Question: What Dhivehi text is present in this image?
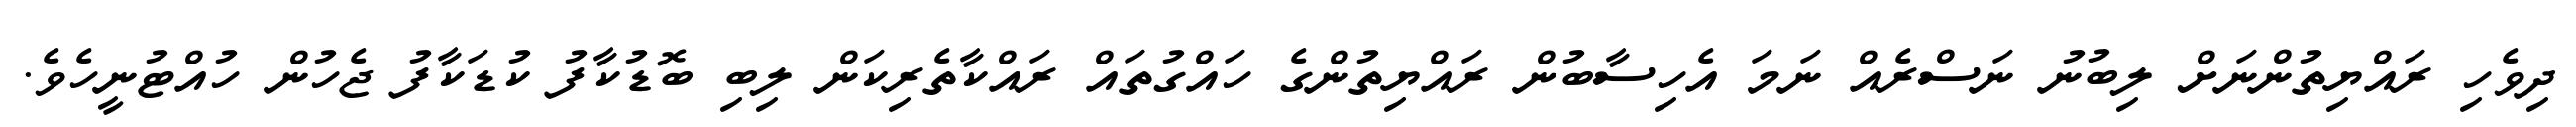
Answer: ދިވެހި ރައްޔިތުންނަށް ލިބުނު ނަސްރެއް ނަމަ އެހިސާބުން ރައްޔިތުންގެ ހައްގުތައް ރައްކާތެރިކަން ލިބި ބޮޑުކާފު ކުޑަކާފު ޖެހުން ހުއްޓުނީހެވެ.